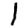
Digit: 1